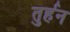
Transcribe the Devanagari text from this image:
तुर्हन